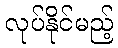
လုပ်နိုင်မည့်